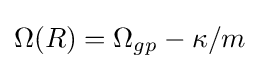
\Omega (R)=\Omega _{gp}-\kappa /m